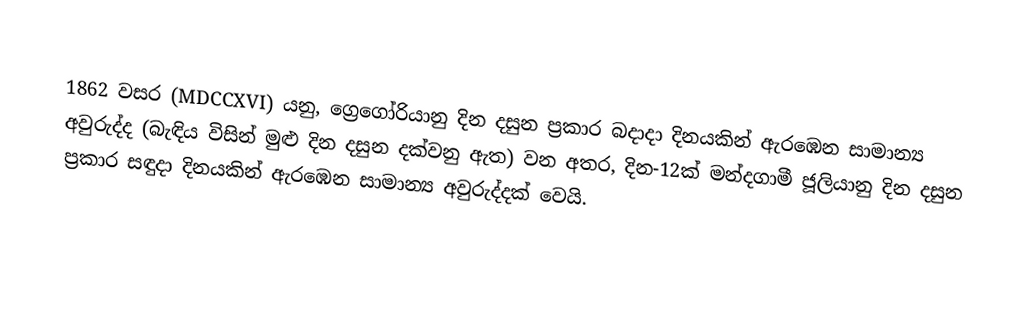

1862 වසර (MDCCXVI) යනු, ග්‍රෙගෝරියානු දින දසුන ප්‍රකාර බදාදා දිනයකින් ඇරඹෙන සාමාන්‍ය අවුරුද්ද (බැඳිය විසින් මුළු දින දසුන දක්වනු ඇත) වන අතර,  දින-12ක් මන්දගාමී ජූලියානු දින දසුන ප්‍රකාර   සඳුදා දිනයකින් ඇරඹෙන සාමාන්‍ය අවුරුද්දක් වෙයි.